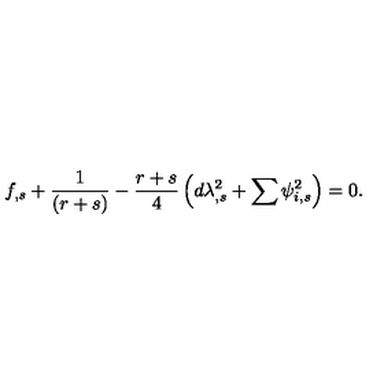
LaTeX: f _ { , s } + \frac { 1 } { \left( r + s \right) } - \frac { r + s } { 4 } \left( d \lambda _ { , s } ^ { 2 } + \sum \psi _ { i , s } ^ { 2 } \right) = 0 .